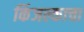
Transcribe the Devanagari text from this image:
किंजल्काचा